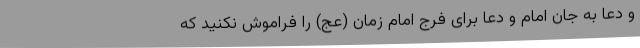
و دعا به جان امام و دعا برای فرج امام زمان (عج) را فراموش نکنید که